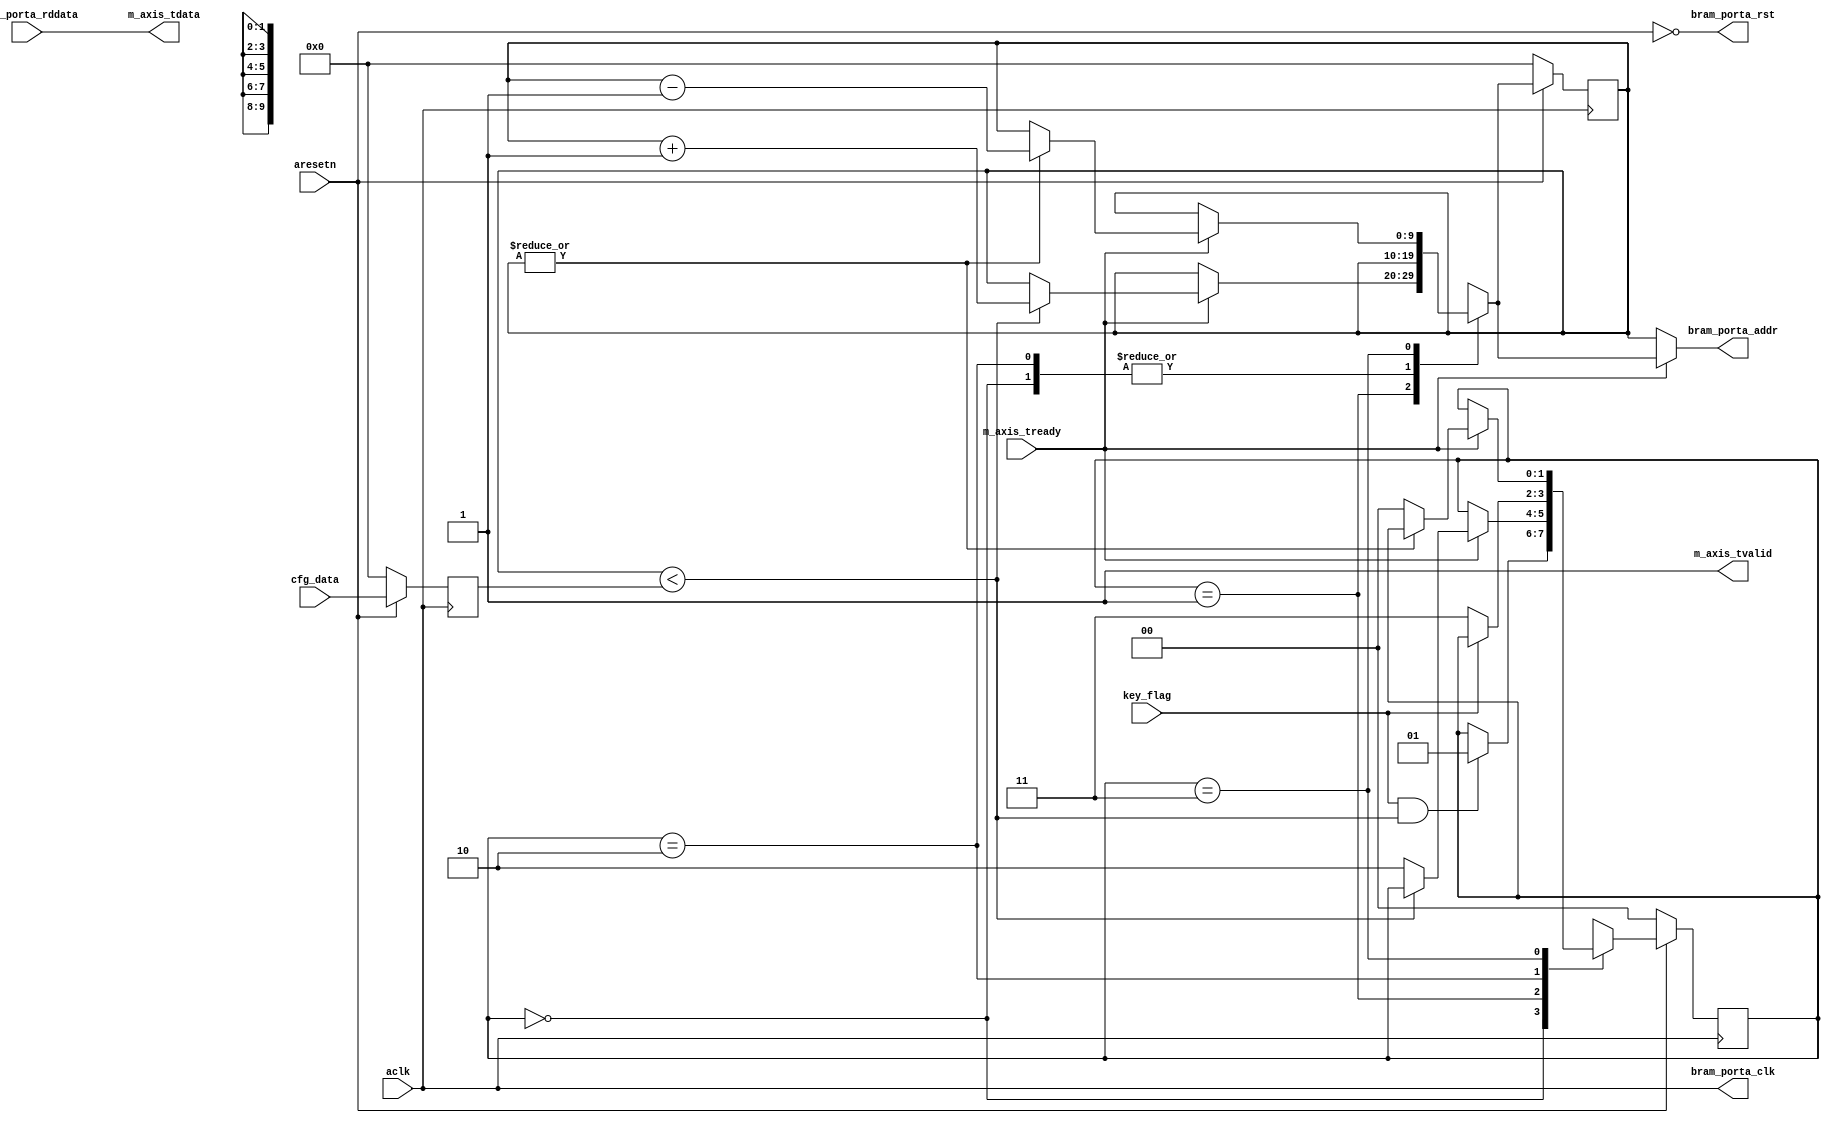
module axis_keyer #
(
  parameter integer AXIS_TDATA_WIDTH = 32,
  parameter integer BRAM_DATA_WIDTH = 32,
  parameter integer BRAM_ADDR_WIDTH = 10
)
(
  input  wire                        aclk,
  input  wire                        aresetn,
  input  wire [BRAM_ADDR_WIDTH-1:0]  cfg_data,
  input  wire                        key_flag,
  input  wire                        m_axis_tready,
  output wire [AXIS_TDATA_WIDTH-1:0] m_axis_tdata,
  output wire                        m_axis_tvalid,
  output wire                        bram_porta_clk,
  output wire                        bram_porta_rst,
  output wire [BRAM_ADDR_WIDTH-1:0]  bram_porta_addr,
  input  wire [BRAM_DATA_WIDTH-1:0]  bram_porta_rddata
);
  reg [BRAM_ADDR_WIDTH-1:0] int_addr_reg, int_addr_next;
  reg [BRAM_ADDR_WIDTH-1:0] int_data_reg;
  reg [1:0] int_case_reg, int_case_next;
  wire [1:0] int_comp_wire;
  always @(posedge aclk)
  begin
    if(~aresetn)
    begin
      int_addr_reg <= {(BRAM_ADDR_WIDTH){1'b0}};
      int_data_reg <= {(BRAM_ADDR_WIDTH){1'b0}};
      int_case_reg <= 2'd0;
    end
    else
    begin
      int_addr_reg <= int_addr_next;
      int_data_reg <= cfg_data;
      int_case_reg <= int_case_next;
    end
  end
  assign int_comp_wire = {|int_addr_reg, int_addr_reg < int_data_reg};
  always @*
  begin
    int_addr_next = int_addr_reg;
    int_case_next = int_case_reg;
    case(int_case_reg)
      2'd0:
      begin
        if(key_flag & int_comp_wire[0])
        begin
          int_case_next = 2'd1;
        end
      end
      2'd1:
      begin
        if(m_axis_tready)
        begin
          if(int_comp_wire[0])
          begin
            int_addr_next = int_addr_reg + 1'b1;
          end
          else
          begin
            int_case_next = 2'd2;
          end
        end
      end
      2'd2:
      begin
        if(~key_flag)
        begin
          int_case_next = 2'd3;
        end
      end
      2'd3:
      begin
        if(m_axis_tready)
        begin
          if(int_comp_wire[1])
          begin
            int_addr_next = int_addr_reg - 1'b1;
          end
          else
          begin
            int_case_next = 2'd0;
          end
        end
      end
    endcase
  end
  assign m_axis_tdata = bram_porta_rddata;
  assign m_axis_tvalid = 1'b1;
  assign bram_porta_clk = aclk;
  assign bram_porta_rst = ~aresetn;
  assign bram_porta_addr = m_axis_tready ? int_addr_next : int_addr_reg;
endmodule